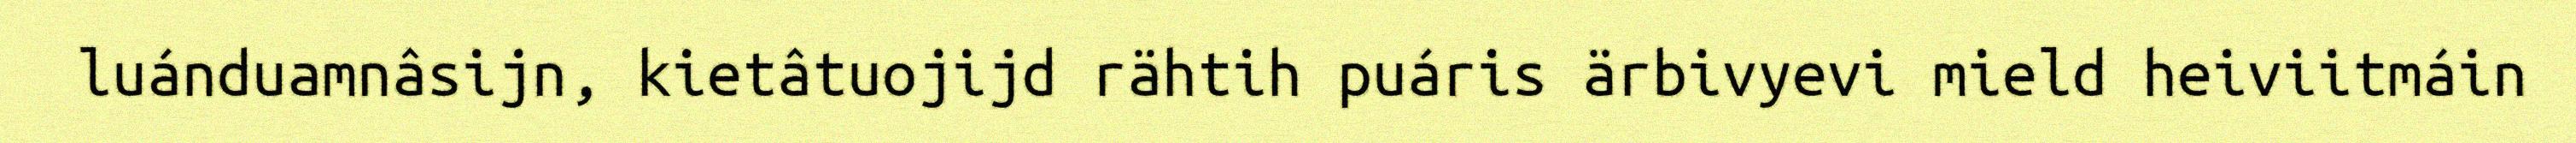
luánduamnâsijn, kietâtuojijd rähtih puáris ärbivyevi mield heiviitmáin